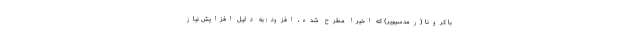
با کرونا (رمدسیویر) که اخیرا مطرح شده، افزود: به دلیل افزایش نیاز